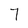
Character: 7